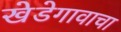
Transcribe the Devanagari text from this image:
खेडेगावाचा